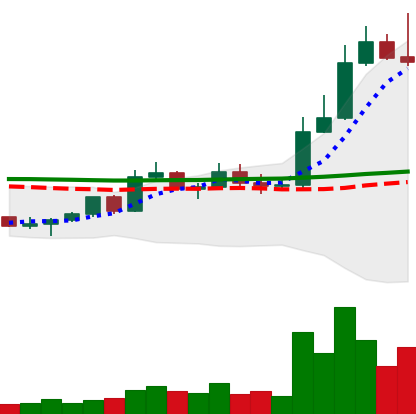
Ticker: LTC-USD
Chart end date: 2022-11-07
Forward return: -11.525%
Label: down_7plus